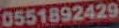
0551892429